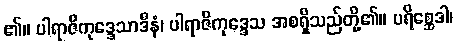
၏။ ပါရာဇိကုဒ္ဒေသာဒီနံ၊ ပါရာဇိကုဒ္ဒေသ အစရှိသည်တို့၏။ ပရိစ္ဆေဒါ၊